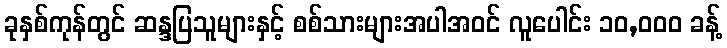
ခုနှစ်ကုန်တွင် ဆန္ဒပြသူများနှင့် စစ်သားများအပါအဝင် လူပေါင်း ၁၀,၀၀၀ ခန့်